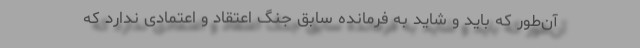
آن‌طور که باید و شاید به فرمانده سابق جنگ اعتقاد و اعتمادی ندارد که